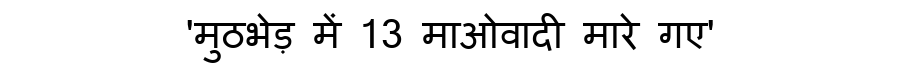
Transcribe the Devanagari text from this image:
'मुठभेड़ में 13 माओवादी मारे गए'